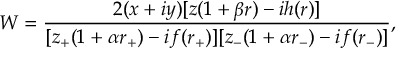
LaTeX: W = \frac { 2 ( x + i y ) [ z ( 1 + \beta r ) - i h ( r ) ] } { [ z _ { + } ( 1 + \alpha r _ { + } ) - i f ( r _ { + } ) ] [ z _ { - } ( 1 + \alpha r _ { - } ) - i f ( r _ { - } ) ] } ,